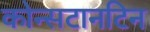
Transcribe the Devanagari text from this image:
कोन्सटानटिन